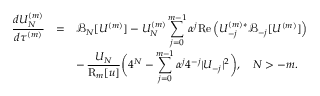
\begin{array} { r c l } { \displaystyle \frac { d U _ { N } ^ { ( m ) } } { d \tau ^ { ( m ) } } } & { = } & { \displaystyle \mathcal { B } _ { N } [ U ^ { ( m ) } ] - U _ { N } ^ { ( m ) } \sum _ { j = 0 } ^ { m - 1 } \alpha ^ { j } \mathrm { R e } \left( U _ { - j } ^ { ( m ) * } \mathcal { B } _ { - j } [ U ^ { ( m ) } ] \right) } \\ & & { \displaystyle - \, \frac { U _ { N } } { \mathrm { R } _ { m } [ u ] } \bigg ( 4 ^ { N } - \sum _ { j = 0 } ^ { m - 1 } \alpha ^ { j } 4 ^ { - j } | U _ { - j } | ^ { 2 } \bigg ) , \quad N > - m . } \end{array}